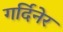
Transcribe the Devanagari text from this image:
गर्दिनेर